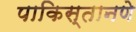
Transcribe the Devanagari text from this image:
पाकिस्तानणे